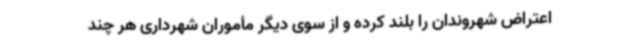
اعتراض شهروندان را بلند کرده و از سوی دیگر مأموران شهرداری هر چند